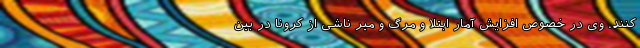
کنند. وی در خصوص افزایش آمار ابتلا و مرگ و میر ناشی از کرونا در بین